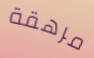
مرهقة